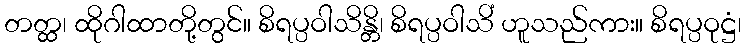
တတ္ထ၊ ထိုဂါထာတို့တွင်။ စိရပ္ပဝါသိန္တိ၊ စိရပ္ပဝါသိံ ဟူသည်ကား။ စိရပ္ပဝုဋ္ဌံ၊